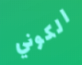
الكوني